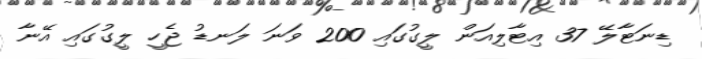
ޑިނަޓާލޭ 37 އިޓާލިއަން ލީގުގައި 200 ވަނަ ލަނޑު ޖެހީ ލީގުގައި އޭނާ